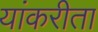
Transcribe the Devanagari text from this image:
यांकरीता